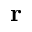
\mathbf { r }